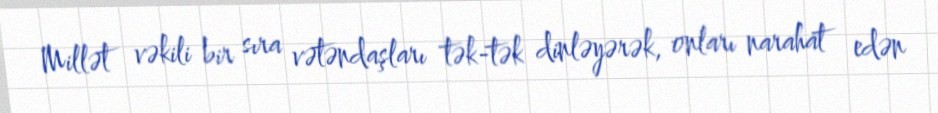
Millət vəkili bir sıra vətəndaşları tək-tək dinləyərək, onları narahat edən